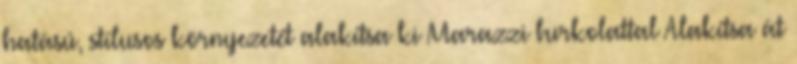
hatású, stílusos környezetét alakítsa ki Marazzi burkolattal Alakítsa át